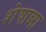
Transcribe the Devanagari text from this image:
शेषान्ना